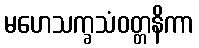
မဟေသက္ခသံဝတ္တနိကာ